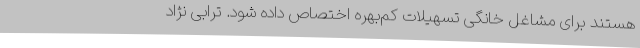
هستند برای مشاغل خانگی تسهیلات کم‌بهره اختصاص داده شود. ترابی نژاد